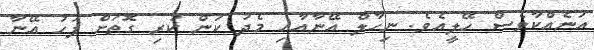
އަނެއްކާވެސް ހޭލީއެވެ. ނިހާލް އޭނާއާއި މެދު ކަން ކުރި ގޮތަށް ފަހު އޭނާ